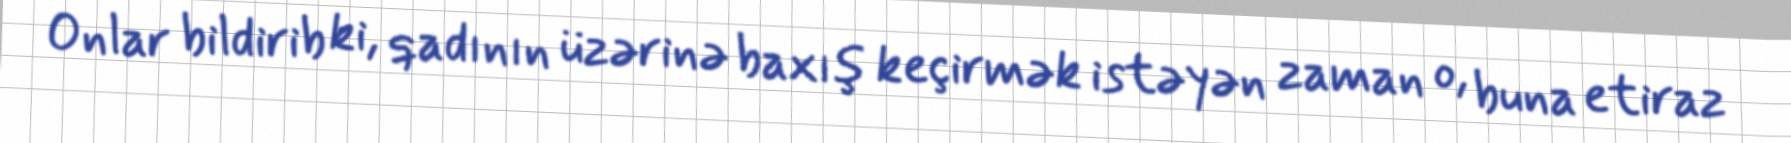
Onlar bildirib ki, qadının üzərinə baxış keçirmək istəyən zaman o, buna etiraz